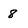
Character: 8